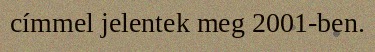
címmel jelentek meg 2001-ben.